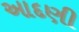
આદણી